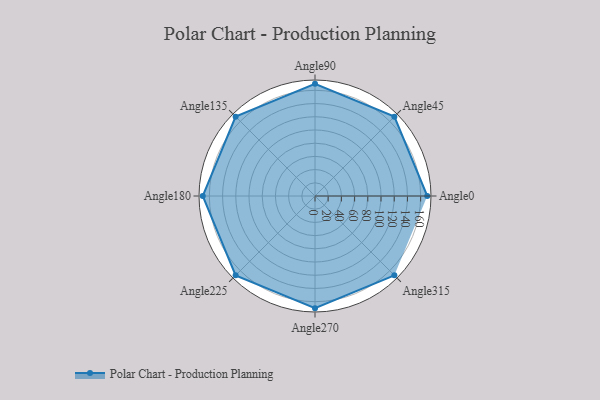
{"axis": {"x": "Angle", "y": "Radius"}, "legend": [""], "data": [{"x": "Angle0", "y": 170, "type": ""}, {"x": "Angle45", "y": 170, "type": ""}, {"x": "Angle90", "y": 170, "type": ""}, {"x": "Angle135", "y": 170, "type": ""}, {"x": "Angle180", "y": 170, "type": ""}, {"x": "Angle225", "y": 170, "type": ""}, {"x": "Angle270", "y": 170, "type": ""}, {"x": "Angle315", "y": 170, "type": ""}]}